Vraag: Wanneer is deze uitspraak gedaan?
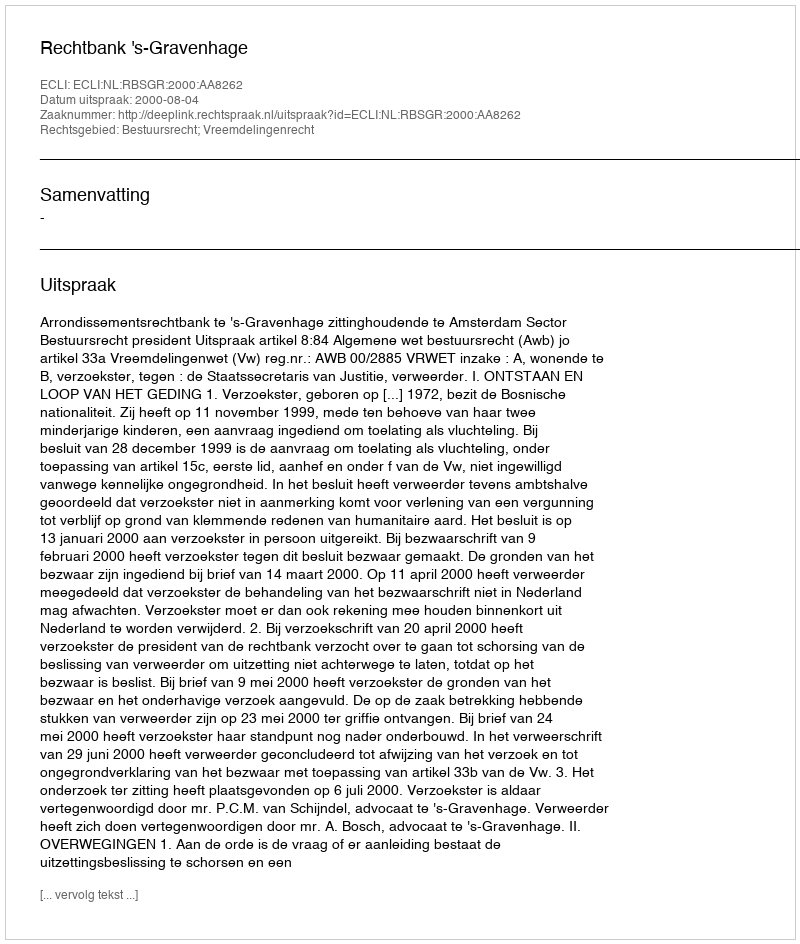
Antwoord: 2000-08-04